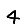
Digit: 4